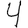
Digit: 4